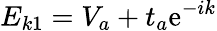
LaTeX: E_{k1}=V_{a}+t_{a}\mathrm{e}^{-ik}